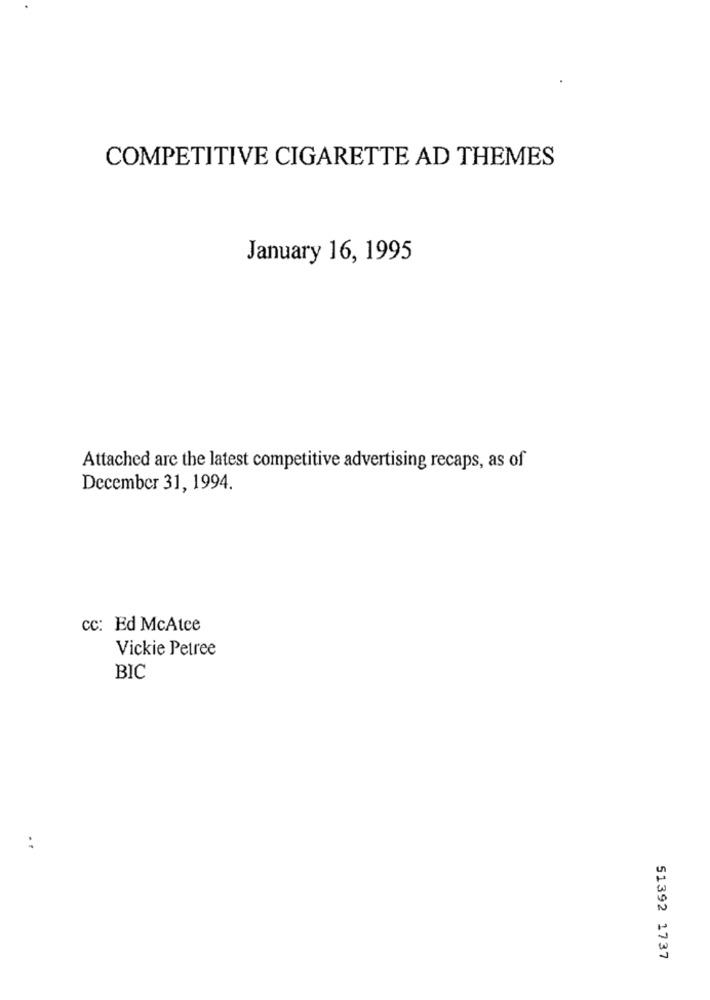
COMPETITIVE CIGARETTE AD THEMES
January 16, 1995
Attached are the latest competitive advertising recaps, as of
December 31, 1994.
cc: Ed McAtce
Vickie Petree
BIC
51392 1737